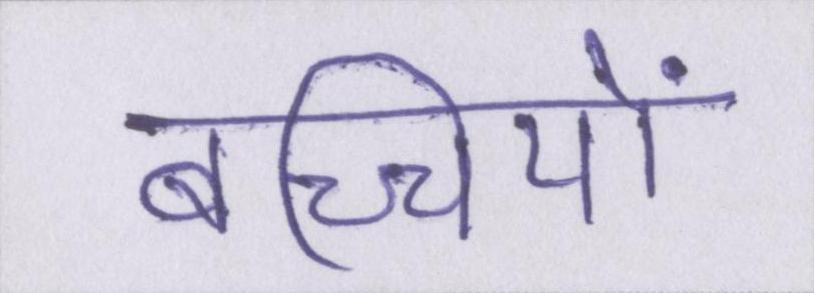
बच्चियों